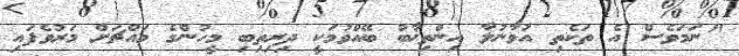
"ނަމަވެސް އެ ތަކެތި އުވާނުލާ އިންތިޚާބު ބޭއްވުމަކީ ދިރިތިބި މީހުންގެ މައްޗަށް މަރުވެފައި